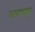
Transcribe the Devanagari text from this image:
वाघापासून